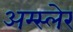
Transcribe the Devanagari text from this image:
अम्स्लेर